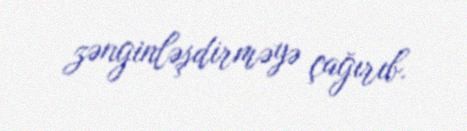
zənginləşdirməyə çağırıb.